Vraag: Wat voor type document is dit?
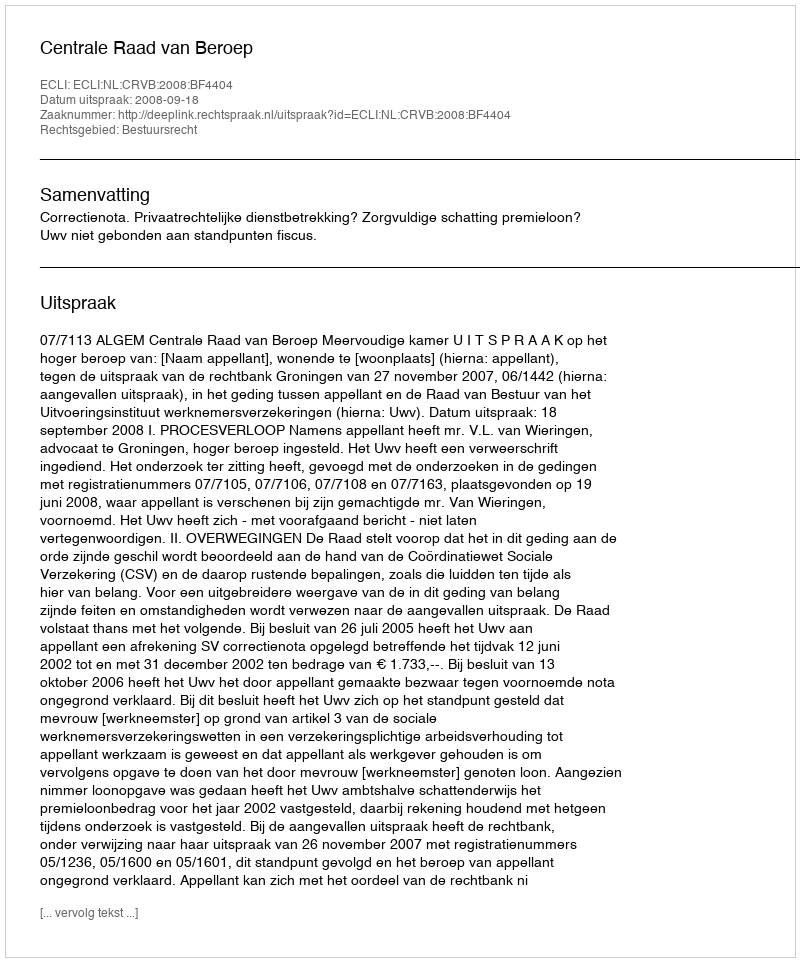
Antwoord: Uitspraak